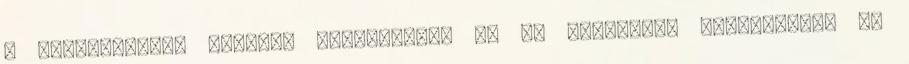
A teljesítmény mérése, értékelése, az új ismeretek ellenőrzése Ez